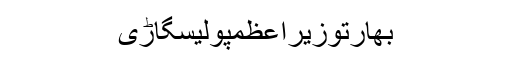
بھارتوزیراعظمپولیسگاڑی